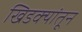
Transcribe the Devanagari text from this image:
खिडक्यांतून